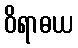
ဝိရာဓယ